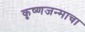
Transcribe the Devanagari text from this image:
कृष्णजन्माचा